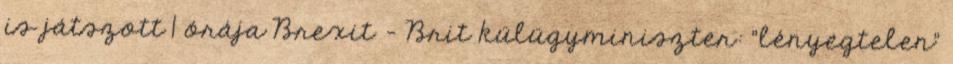
is játszott 1 órája Brexit - Brit külügyminiszter: "lényegtelen"